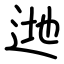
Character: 逇